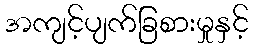
အကျင့်ပျက်ခြစားမှုနှင့်